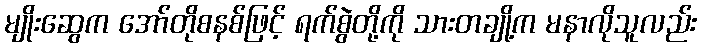
မျိုးဆွေက အော်တိုစနစ်ဖြင့် ရက်စွဲတို့ကို သားတချို့က မနာလိုသူလည်း